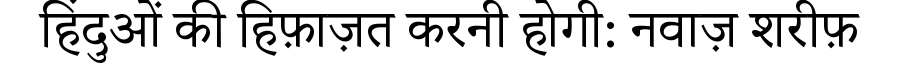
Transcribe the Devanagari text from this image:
हिंदुओं की हिफ़ाज़त करनी होगी: नवाज़ शरीफ़